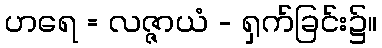
ဟရေ = လဇ္ဇာယံ - ရှက်ခြင်း၌။